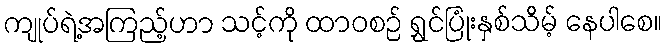
ကျုပ်ရဲ့အကြည့်ဟာ သင့်ကို ထာဝစဉ် ရွှင်ပြုံးနှစ်သိမ့် နေပါစေ။